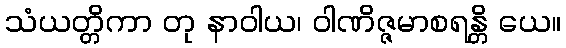
သံယတ္တိကာ တု နာဝါယ၊ ဝါဏိဇ္ဇမာစရန္တိ ယေ။